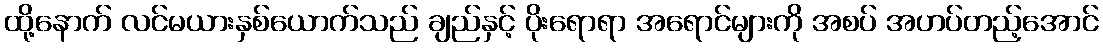
ထို့နောက် လင်မယားနှစ်ယောက်သည် ချည်နှင့် ပိုးရောရာ အရောင်များကို အစပ် အဟပ်တည့်အောင်